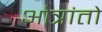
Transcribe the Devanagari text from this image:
ओत्रांतो